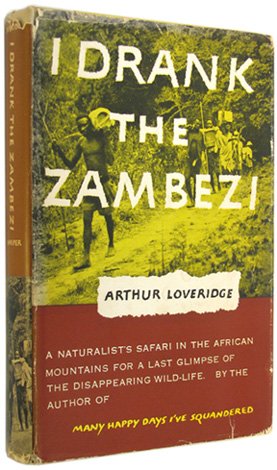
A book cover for I Drank the Zambezi; Arthur Loveridge; Travel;